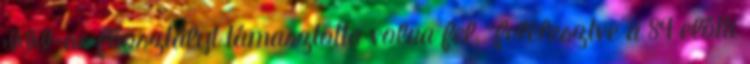
III-as főosztályt támasztotta volna fel, "felélesztve a 89 előtti